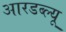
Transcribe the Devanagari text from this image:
आरडब्ल्यू